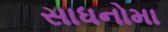
સાધનોમા